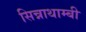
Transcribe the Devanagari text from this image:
सिन्नाथाम्बी